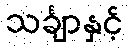
သင်္ချာနှင့်